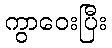
ကွာဝေးပြီး